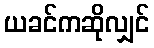
ယခင်ကဆိုလျှင်